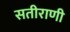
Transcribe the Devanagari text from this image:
सतीराणी